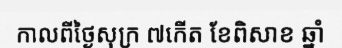
កាលពីថ្ងៃសុក្រ ៧កើត ខែពិសាខ ឆ្នាំ